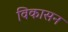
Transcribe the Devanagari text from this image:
विकासन